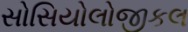
સોસિયોલોજીકલ